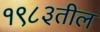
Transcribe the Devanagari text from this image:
१९८३तील